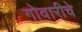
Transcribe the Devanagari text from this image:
गोवारीचे